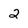
Character: 2